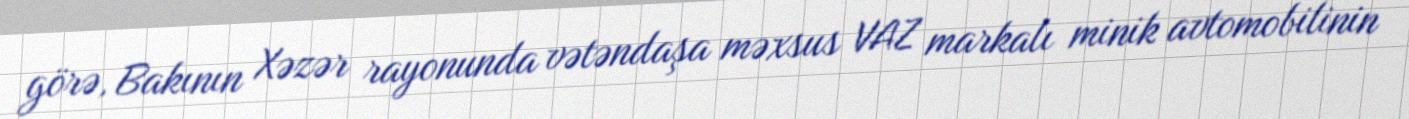
görə, Bakının Xəzər rayonunda vətəndaşa məxsus VAZ markalı minik avtomobilinin